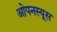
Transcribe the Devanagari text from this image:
ओपनस्यूस